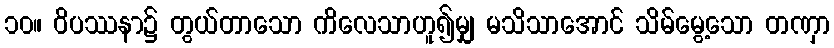
၁၀။ ဝိပဿနာ၌ တွယ်တာသော ကိလေသာဟူ၍မျှ မသိသာအောင် သိမ်မွေ့သော တဏှာ